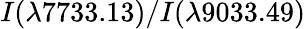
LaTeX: I(\lambda 7733.13)/I(\lambda 9033.49)